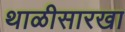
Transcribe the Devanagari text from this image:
थाळीसारखा